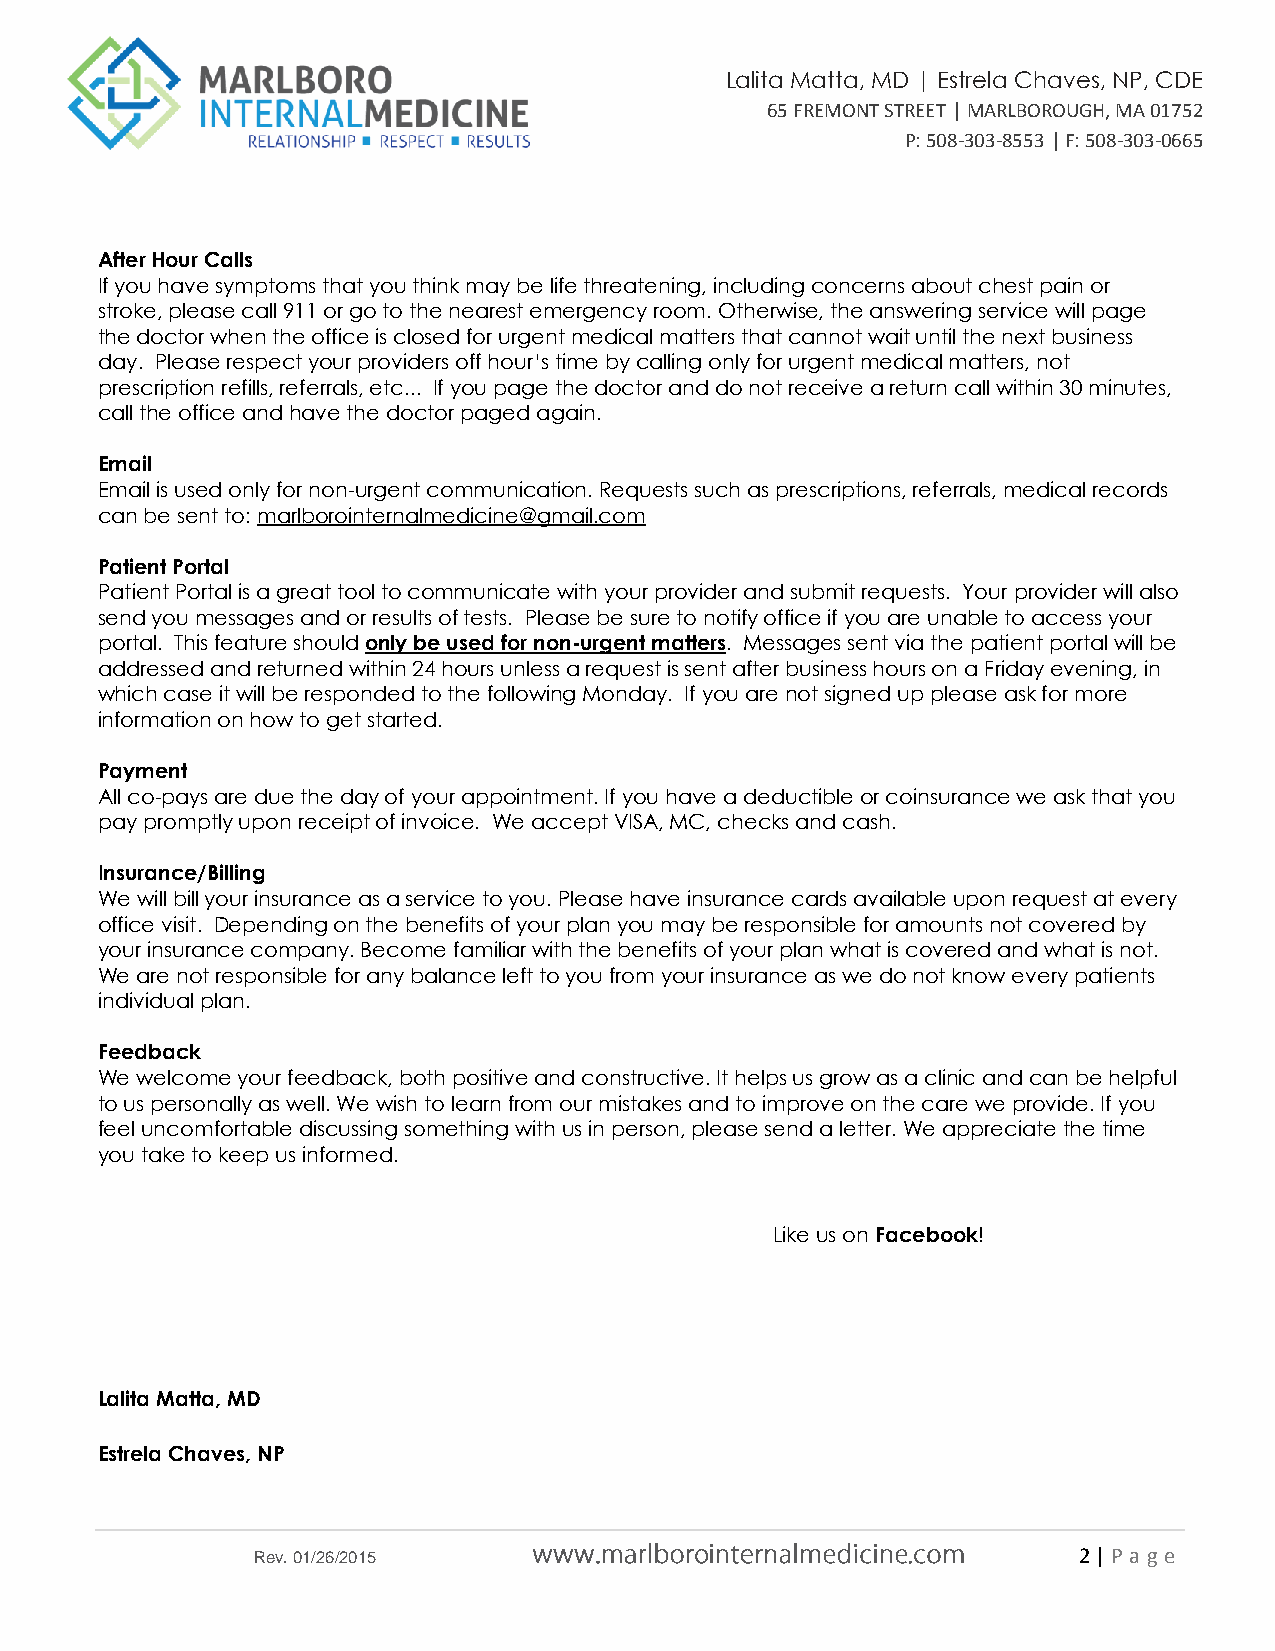
Lalita Matta, MD | Estrela Chaves, NP, CDE
 65 FREMONT STREET | MARLBOROUGH, MA 01752
 P: 508-303-8553 | F: 508-303-0665
 After Hour Calls
 If you have symptoms that you think may be life threatening, including concerns about chest pain or
 stroke, please call 911 or go to the nearest emergency room. Otherwise, the answering service will page
 the doctor when the office is closed for urgent medical matters that cannot wait until the next business
 day. Please respect your providers off hour’s time by calling only for urgent medical matters, not
 prescription refills, referrals, etc... If you page the doctor and do not receive a return call within 30 minutes,
 call the office and have the doctor paged again.
 Email
 Email is used only for non-urgent communication. Requests such as prescriptions, referrals, medical records
 can be sent to: marlborointernalmedicine@gmail.com
 Patient Portal
 Patient Portal is a great tool to communicate with your provider and submit requests. Your provider will also
 send you messages and or results of tests. Please be sure to notify office if you are unable to access your
 portal. This feature should only be used for non-urgent matters. Messages sent via the patient portal will be
 addressed and returned within 24 hours unless a request is sent after business hours on a Friday evening, in
 which case it will be responded to the following Monday. If you are not signed up please ask for more
 information on how to get started.
 Payment
 All co-pays are due the day of your appointment. If you have a deductible or coinsurance we ask that you
 pay promptly upon receipt of invoice. We accept VISA, MC, checks and cash.
 Insurance/Billing
 We will bill your insurance as a service to you. Please have insurance cards available upon request at every
 office visit. Depending on the benefits of your plan you may be responsible for amounts not covered by
 your insurance company. Become familiar with the benefits of your plan what is covered and what is not.
 We are not responsible for any balance left to you from your insurance as we do not know every patients
 individual plan.
 Feedback
 We welcome your feedback, both positive and constructive. It helps us grow as a clinic and can be helpful
 to us personally as well. We wish to learn from our mistakes and to improve on the care we provide. If you
 feel uncomfortable discussing something with us in person, please send a letter. We appreciate the time
 you take to keep us informed.
 Like us on Facebook!
 Lalita Matta, MD
 Estrela Chaves, NP
 Rev. 01/26/2015                                       2 | P a ge